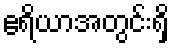
ဧရိယာအတွင်းရှိ